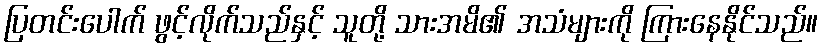
ပြတင်းပေါက် ဖွင့်လိုက်သည်နှင့် သူတို့ သားအမိ၏ အသံများကို ကြားနေနိုင်သည်။